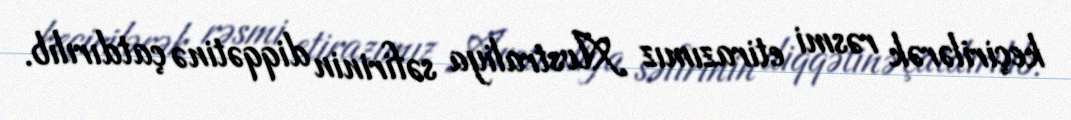
keçirilərək rəsmi etirazımız Avstraliya səfirinin diqqətinə çatdırılıb.